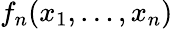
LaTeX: f_{n}(x_{1},\ldots,x_{n})